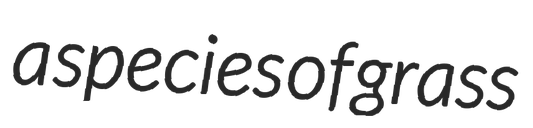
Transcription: a species of grass